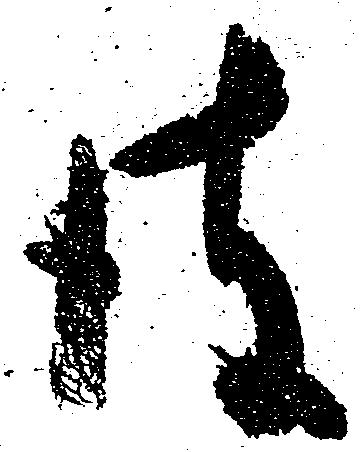
彼